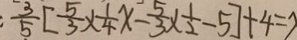
\frac { 3 } { 5 } [ \frac { 5 } { 3 } \times \frac { 1 } { 4 } x - \frac { 5 } { 3 } \times \frac { 1 } { 2 } - 5 ] + 4 = 2